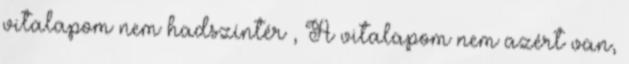
vitalapom nem hadszíntér , A vitalapom nem azért van,